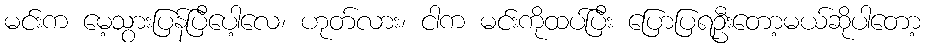
မင်းက မေ့သွားပြန်ပြီပေါ့လေ၊ ဟုတ်လား၊ ငါက မင်းကိုထပ်ပြီး ပြောပြရဦးတော့မယ်ဆိုပါတော့